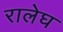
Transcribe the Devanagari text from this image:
रालेघ